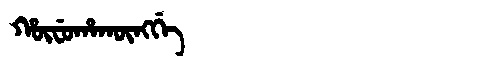
Manchu: ᡥᡡᠸᡠᡥᠠᡴᡡᠩᡤᡝ
Romanization: HŪFUHAKŪNGGE